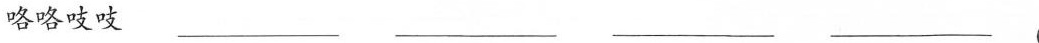
咯咯吱吱___